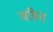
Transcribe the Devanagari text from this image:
जङित